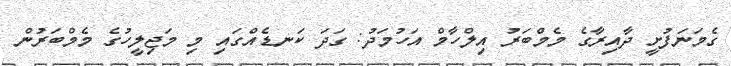
ގެމަނަފުށީ ދާއިރާގެ މެމްބަރު އިލްހާމް އަހުމަދު: ގަދަ ކަނޑެއްގައި މި މަޖިލީހުގެ މެމްބަރުން